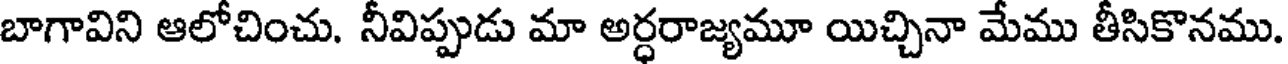
బాగావిని ఆలోచించు. నీవిప్పుడు మా అర్ధరాజ్యమూ యిచ్చినా మేము తీసికొనము.